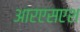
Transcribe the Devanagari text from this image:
आरएसएश